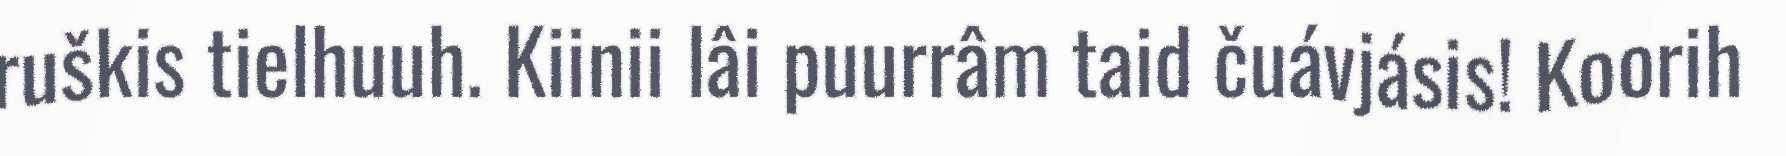
ruškis tielhuuh. Kiinii lâi puurrâm taid čuávjásis! Koorih